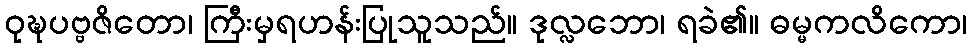
ဝုဍ္ဎပဗ္ဗဇိတော၊ ကြီးမှရဟန်းပြုသူသည်။ ဒုလ္လဘော၊ ရခဲ၏။ ဓမ္မကလိကော၊